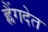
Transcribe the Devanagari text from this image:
ह्लैंगदेत